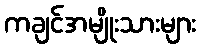
ကချင်အမျိုးသားများ